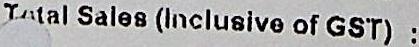
TOTAL SALES (INCLUSIVE OF GST) :